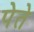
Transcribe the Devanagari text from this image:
पेते